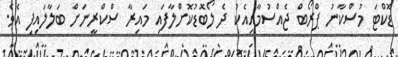
ޑޮކްޓަ މުސްކާނު ޕްރޯބް ޖެއްސުމާއިއެކު ދެ ލޯބޮޑުކޮށްލާފައި މައިރާ ސްކްރީނަށް ބަލާލައިފި އެވެ.